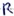
Text: R